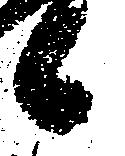
候